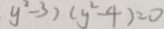
y ^ { 2 } - 3 ) ( y ^ { 2 } - 4 ) = 0